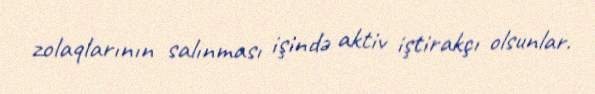
zolaqlarının salınması işində aktiv iştirakçı olsunlar.